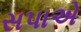
સપાએ